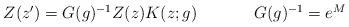
LaTeX: \begin{align*}\begin{array}{cc}Z(z^{\prime})=G(g)^{-1}Z(z)K(z;g)~~~~&~~~~G(g)^{-1}=e^{M}\end{array}\end{align*}